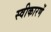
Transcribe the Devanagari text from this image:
स्वीकारणें